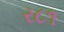
ર૮૧